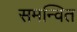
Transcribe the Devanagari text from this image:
समन्‍वित